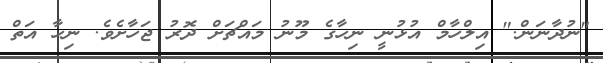
"ނުދާނަން." އިލްހާމް އުޅުނީ ނިހާގެ މޫނު މައްޗަށް ދޮރު ޖަހާށެވެ. ނިހާ އަތް